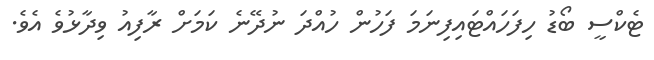
ޓެކްސީ ބޯޑު ހިފަހައްޓައިފިނަމަ ފަހުން ހުއްދަ ނުދޭނެ ކަމަށް ރާފިއު ވިދާޅުވެ އެވެ.